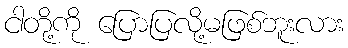
ငါတို့ကို ပြောပြလို့မဖြစ်ဘူးလား